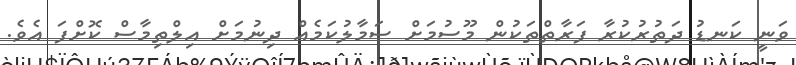
ވަނީ ކަނޑު ދަތުރުކުރާ ފަރާތްތަކުން މޫސުމަށް ސަމާލުކަމެއް ދިނުމަށް އިލްތިމާސް ކޮށްފަ އެވެ.